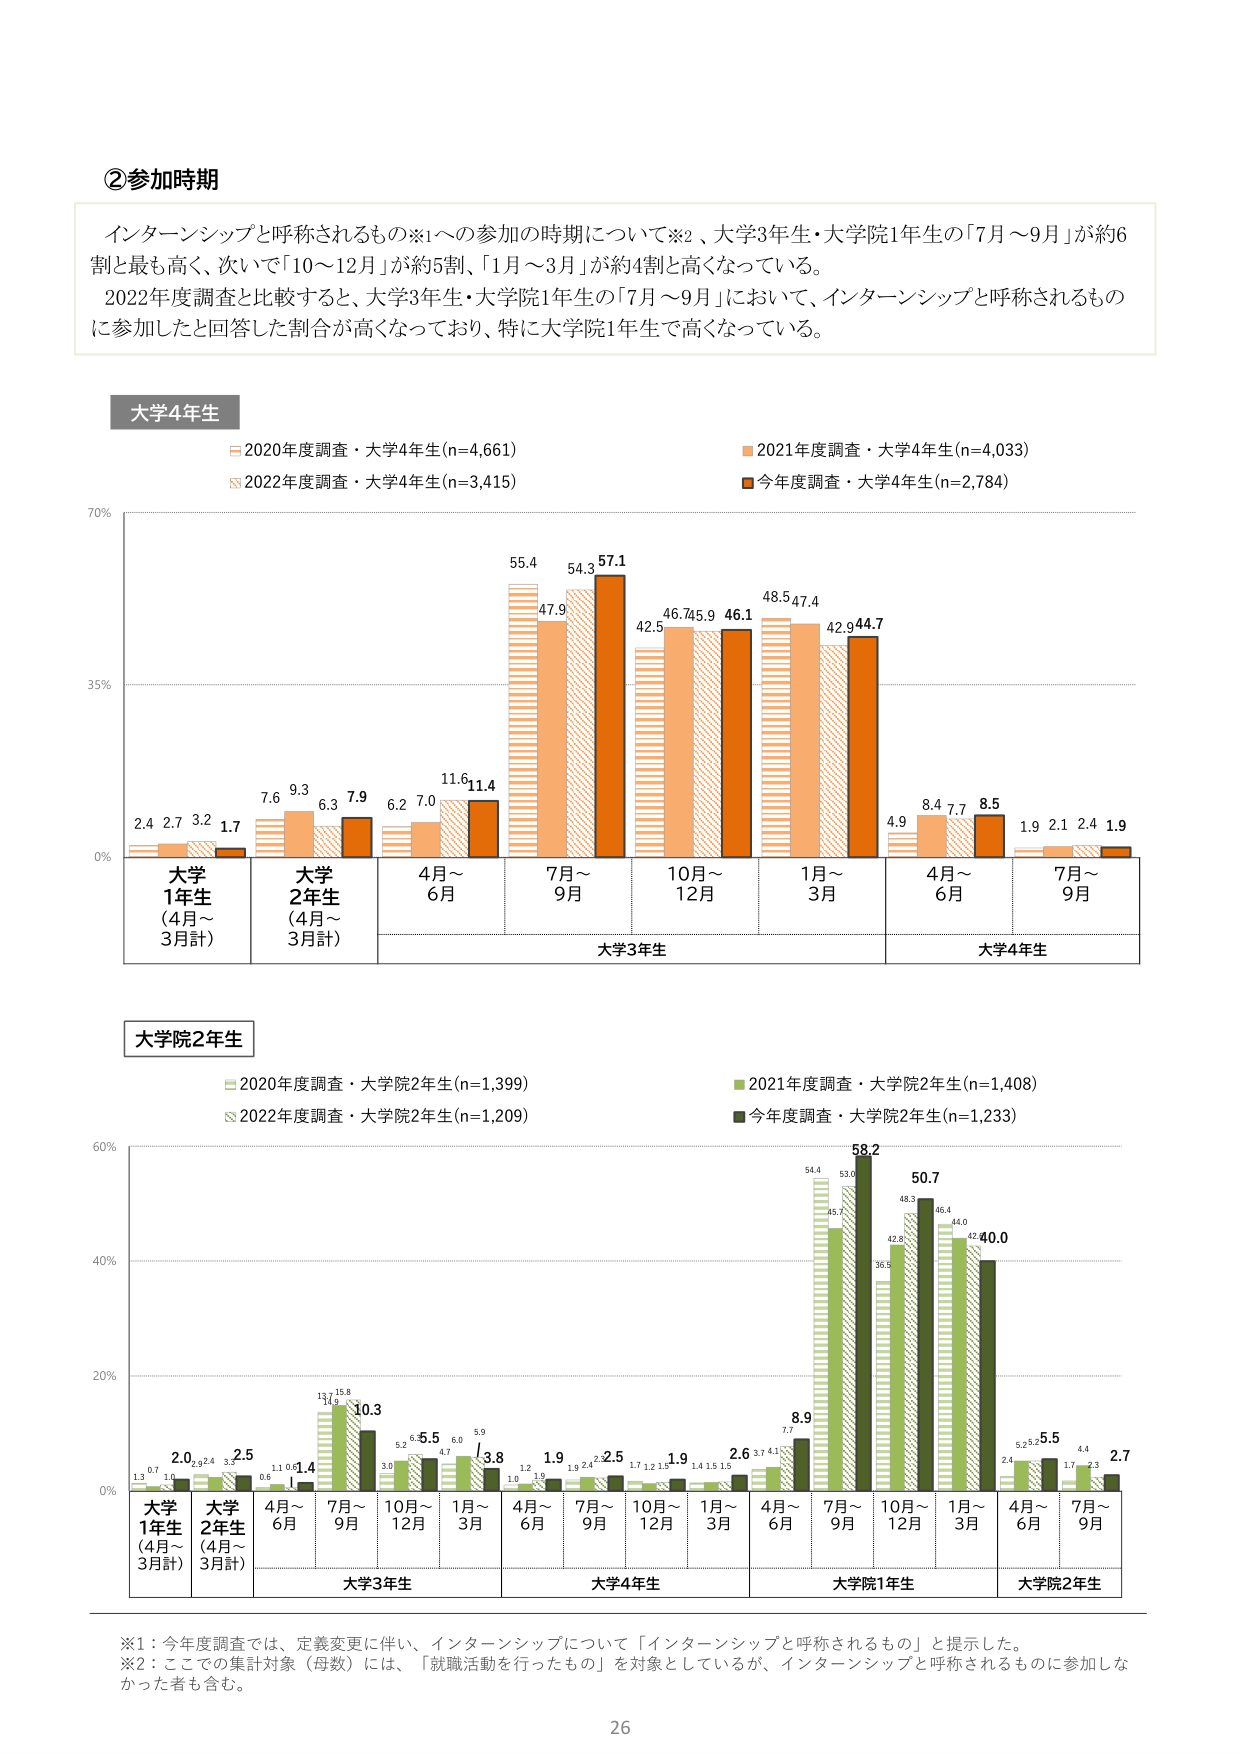
②参加時期

インターンシップと呼称されるもの※1への参加の時期について※2、大学3年生・大学院1年生の「7月～9月」が約6割と最も高く、次いで「10～12月」が約5割、「1月～3月」が約4割と高くなっている。
2022年度調査と比較すると、大学3年生・大学院1年生の「7月～9月」において、インターンシップと呼称されるものに参加したと回答した割合が高くなっており、特に大学院1年生で高くなっている。

大学4年生
2020年度調査・大学4年生(n=4,661)
2021年度調査・大学4年生(n=4,033)
2022年度調査・大学4年生(n=3,415)
今年度調査・大学4年生(n=2,784)

70%
35%
0%
2.4 2.7 3.2 1.7
7.6 9.3 6.3 7.9
6.2 7.0 11.6 11.4
55.4 47.9 54.3 57.1
42.5 46.7 45.9 46.1
48.5 47.4 42.9 44.7
4.9 8.4 7.7 8.5
1.9 2.1 2.4 1.9

大学1年生
(4月～3月計)
大学2年生
(4月～3月計)
4月～6月
7月～9月
10月～12月
1月～3月
4月～6月
7月～9月

大学3年生
大学4年生

大学院2年生
2020年度調査・大学院2年生(n=1,399)
2021年度調査・大学院2年生(n=1,408)
2022年度調査・大学院2年生(n=1,209)
今年度調査・大学院2年生(n=1,233)

60%
40%
20%
0%
1.3 0.7 1.0 2.0 2.4 3.3 2.5 0.6 1.1 0.6 1.4 13.7 15.8 10.3 3.0 5.2 5.5 4.7 6.0 5.9 3.8 1.2 1.0 1.9 1.9 2.4 2.5 1.7 1.2 1.5 1.9 1.4 1.5 1.5 2.6 3.7 4.1 7.7 8.9 54.4 45.7 53.0 58.2 36.5 42.8 48.3 50.7 46.4 44.0 40.0 2.4 5.2 5.5 1.7 4.4 2.3 2.7

大学1年生
(4月～3月計)
大学2年生
(4月～3月計)
4月～6月
7月～9月
10月～12月
1月～3月
4月～6月
7月～9月
10月～12月
1月～3月
4月～6月
7月～9月

大学3年生
大学4年生
大学院1年生
大学院2年生

※1：今年度調査では、定義変更に伴い、インターンシップについて「インターンシップと呼称されるもの」と提示した。
※2：ここでの集計対象（母数）には、「就職活動を行ったもの」を対象としているが、インターンシップと呼称されるものに参加しなかった者も含む。

26